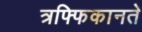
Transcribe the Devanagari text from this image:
त्रफ्फिकानते